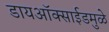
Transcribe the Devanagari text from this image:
डायऑक्साईडमुळे